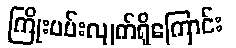
ကြိုးပမ်းလျက်ရှိကြောင်း